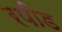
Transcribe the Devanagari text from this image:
रपीड